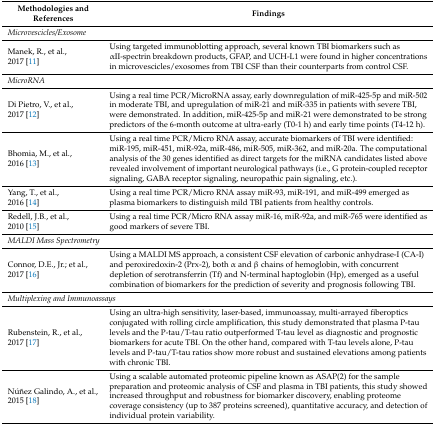
<table><thead><tr><td><b>Methodologies and References</b></td><td><b>Findings</b></td></tr></thead><tbody><tr><td colspan="2"><i>Microvescicles/Exosome</i></td></tr><tr><td>Manek, R., et al., 2017 [11]</td><td>Using targeted immunoblotting approach, several known TBI biomarkers such as αII-spectrin breakdown products, GFAP, and UCH-L1 were found in higher concentrations in microvescicles/exosomes from TBI CSF than their counterparts from control CSF.</td></tr><tr><td colspan="2"><i>MicroRNA</i></td></tr><tr><td>Di Pietro, V., et al., 2017 [12]</td><td>Using a real time PCR/MicroRNA assay, early downregulation of miR-425-5p and miR-502 in moderate TBI, and upregulation of miR-21 and miR-335 in patients with severe TBI, were demonstrated. In addition, miR-425-5p and miR-21 were demonstrated to be strong predictors of the 6-month outcome at ultra-early (T0-1 h) and early time points (T4-12 h).</td></tr><tr><td>Bhomia, M., et al., 2016 [13]</td><td>Using a real time PCR/Micro RNA assay, accurate biomarkers of TBI were identified: miR-195, miR-451, miR-92a, miR-486, miR-505, miR-362, and miR-20a. The computational analysis of the 30 genes identified as direct targets for the miRNA candidates listed above revealed involvement of important neurological pathways (i.e., G protein-coupled receptor signaling, GABA receptor signaling, neuropathic pain signaling, etc.).</td></tr><tr><td>Yang, T., et al., 2016 [14]</td><td>Using a real time PCR/Micro RNA assay miR-93, miR-191, and miR-499 emerged as plasma biomarkers to distinguish mild TBI patients from healthy controls.</td></tr><tr><td>Redell, J.B., et al., 2010 [15]</td><td>Using a real time PCR/Micro RNA assay miR-16, miR-92a, and miR-765 were identified as good markers of severe TBI.</td></tr><tr><td colspan="2"><i>MALDI Mass Spectrometry</i></td></tr><tr><td>Connor, D.E., Jr.; et al., 2017 [16]</td><td>Using a MALDI MS approach, a consistent CSF elevation of carbonic anhydrase-I (CA-I) and peroxiredoxin-2 (Prx-2), both α and β chains of hemoglobin, with concurrent depletion of serotransferrin (Tf) and N-terminal haptoglobin (Hp), emerged as a useful combination of biomarkers for the prediction of severity and prognosis following TBI.</td></tr><tr><td colspan="2"><i>Multiplexing and Immunoassays</i></td></tr><tr><td>Rubenstein, R., et al., 2017 [17]</td><td>Using an ultra-high sensitivity, laser-based, immunoassay, multi-arrayed fiberoptics conjugated with rolling circle amplification, this study demonstrated that plasma P-tau levels and the P-tau/T-tau ratio outperformed T-tau level as diagnostic and prognostic biomarkers for acute TBI. On the other hand, compared with T-tau levels alone, P-tau levels and P-tau/T-tau ratios show more robust and sustained elevations among patients with chronic TBI.</td></tr><tr><td>Núñez Galindo, A., et al., 2015 [18]</td><td>Using a scalable automated proteomic pipeline known as ASAP(2) for the sample preparation and proteomic analysis of CSF and plasma in TBI patients, this study showed increased throughput and robustness for biomarker discovery, enabling proteome coverage consistency (up to 387 proteins screened), quantitative accuracy, and detection of individual protein variability.</td></tr></tbody></table>